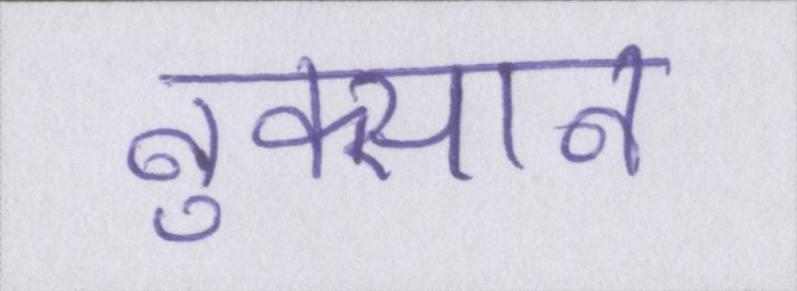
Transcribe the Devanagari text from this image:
नुक्सान